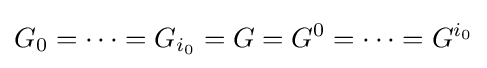
G_{0}=\cdots =G_{i_{0}}=G=G^{0}=\cdots =G^{i_{0}}